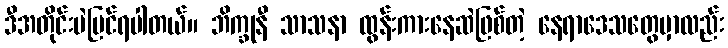
ဒီအတိုင်းပဲမြင်ရပါတယ်။ ဘိက္ခုနီ သာသနာ ထွန်းကားနေဆဲဖြစ်တဲ့ နေရာဒေသတွေမှာလည်း